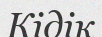
Кідік